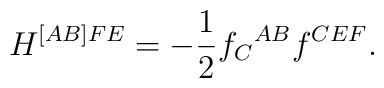
H^{[AB]FE}=-\frac{1}{2}{f_{C}}^{AB}f^{CEF}.